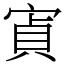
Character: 寊